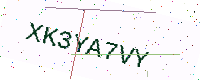
Text: XK3YA7VY